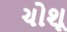
ચોશૂ